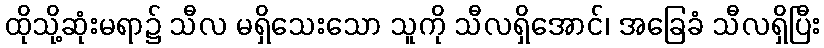
ထိုသို့ဆုံးမရာ၌ သီလ မရှိသေးသော သူကို သီလရှိအောင်၊ အခြေခံ သီလရှိပြီး